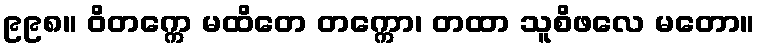
၉၉၈။ ဝိတက္ကေ မထိတေ တက္ကော၊ တထာ သူစိဖလေ မတော။